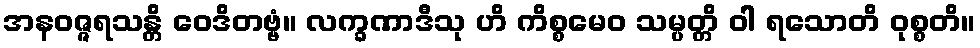
အနဝဇ္ဇရသန္တိ ဝေဒိတဗ္ဗံ။ လက္ခဏာဒီသု ဟိ ကိစ္စမေဝ သမ္ပတ္တိ ဝါ ရသောတိ ဝုစ္စတိ။